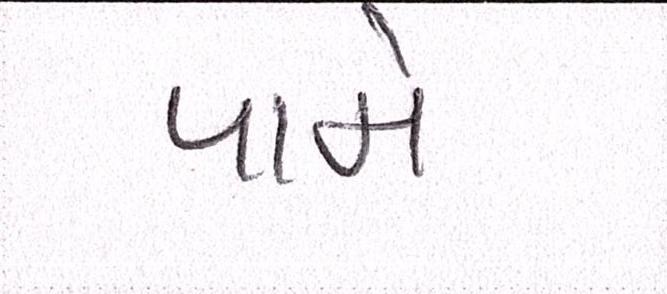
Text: પામે